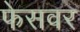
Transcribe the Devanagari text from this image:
फेसवर